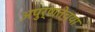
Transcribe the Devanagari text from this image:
अपुर्णतेच्या